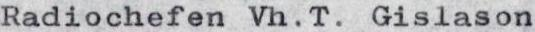
Radiochefen Vh.T. Gislason